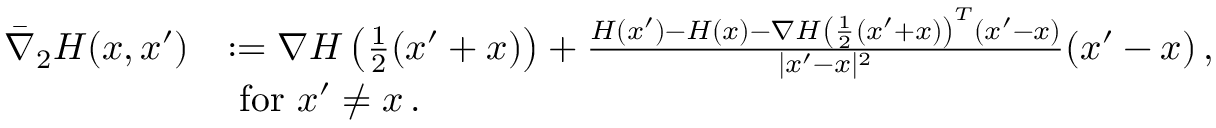
\begin{array} { r l } { \tiny \bar { \nabla } _ { 2 } H ( x , x ^ { \prime } ) } & { : = \nabla H \left( \frac { 1 } { 2 } ( x ^ { \prime } + x ) \right) + \frac { H ( x ^ { \prime } ) - H ( x ) - \nabla H \left( \frac { 1 } { 2 } ( x ^ { \prime } + x ) \right) ^ { T } ( x ^ { \prime } - x ) } { | x ^ { \prime } - x | ^ { 2 } } ( x ^ { \prime } - x ) \, , } \\ & { \mathrm { ~ f o r ~ } x ^ { \prime } \not = x \, . } \end{array}